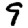
Digit: 9